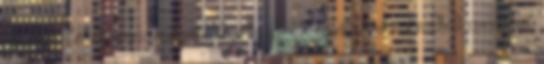
npc-nél lehet venni magnetite shard-ért új statos ascended cuccokat